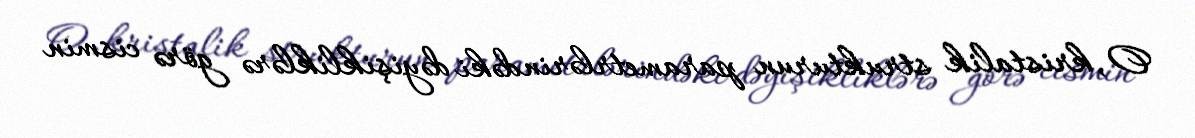
O, kristalik strukturun parametrlərindəki dəyişikliklərə görə cismin